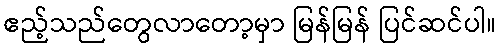
ဧည့်သည်တွေလာတော့မှာ မြန်မြန် ပြင်ဆင်ပါ။